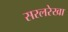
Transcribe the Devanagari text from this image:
सरलरेखा